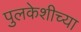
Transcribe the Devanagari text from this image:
पुलकेशीच्या